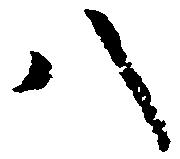
八